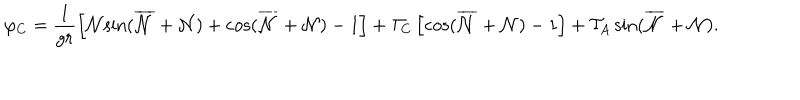
\varphi _ { C } = \frac { 1 } { g r } \left[ { \cal { N } } { \sin } ( \overline { { { \cal { N } } } } + { \cal { N } } ) + { \cos } ( \overline { { { \cal { N } } } } + { \cal { N } } ) - 1 \right] + { \cal T } _ { C } \left[ { \cos } ( \overline { { { \cal { N } } } } + { \cal { N } } ) - 1 \right] + { \cal T } _ { A } \, { \sin } ( \overline { { { \cal { N } } } } + { \cal { N } } ) .